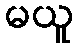
မယူ